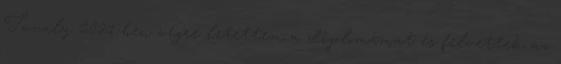
Tavaly 2021-ben végre letettem a diplomámat és felvettek az